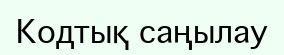
Кодтық саңылау